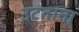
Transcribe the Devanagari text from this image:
उटताना